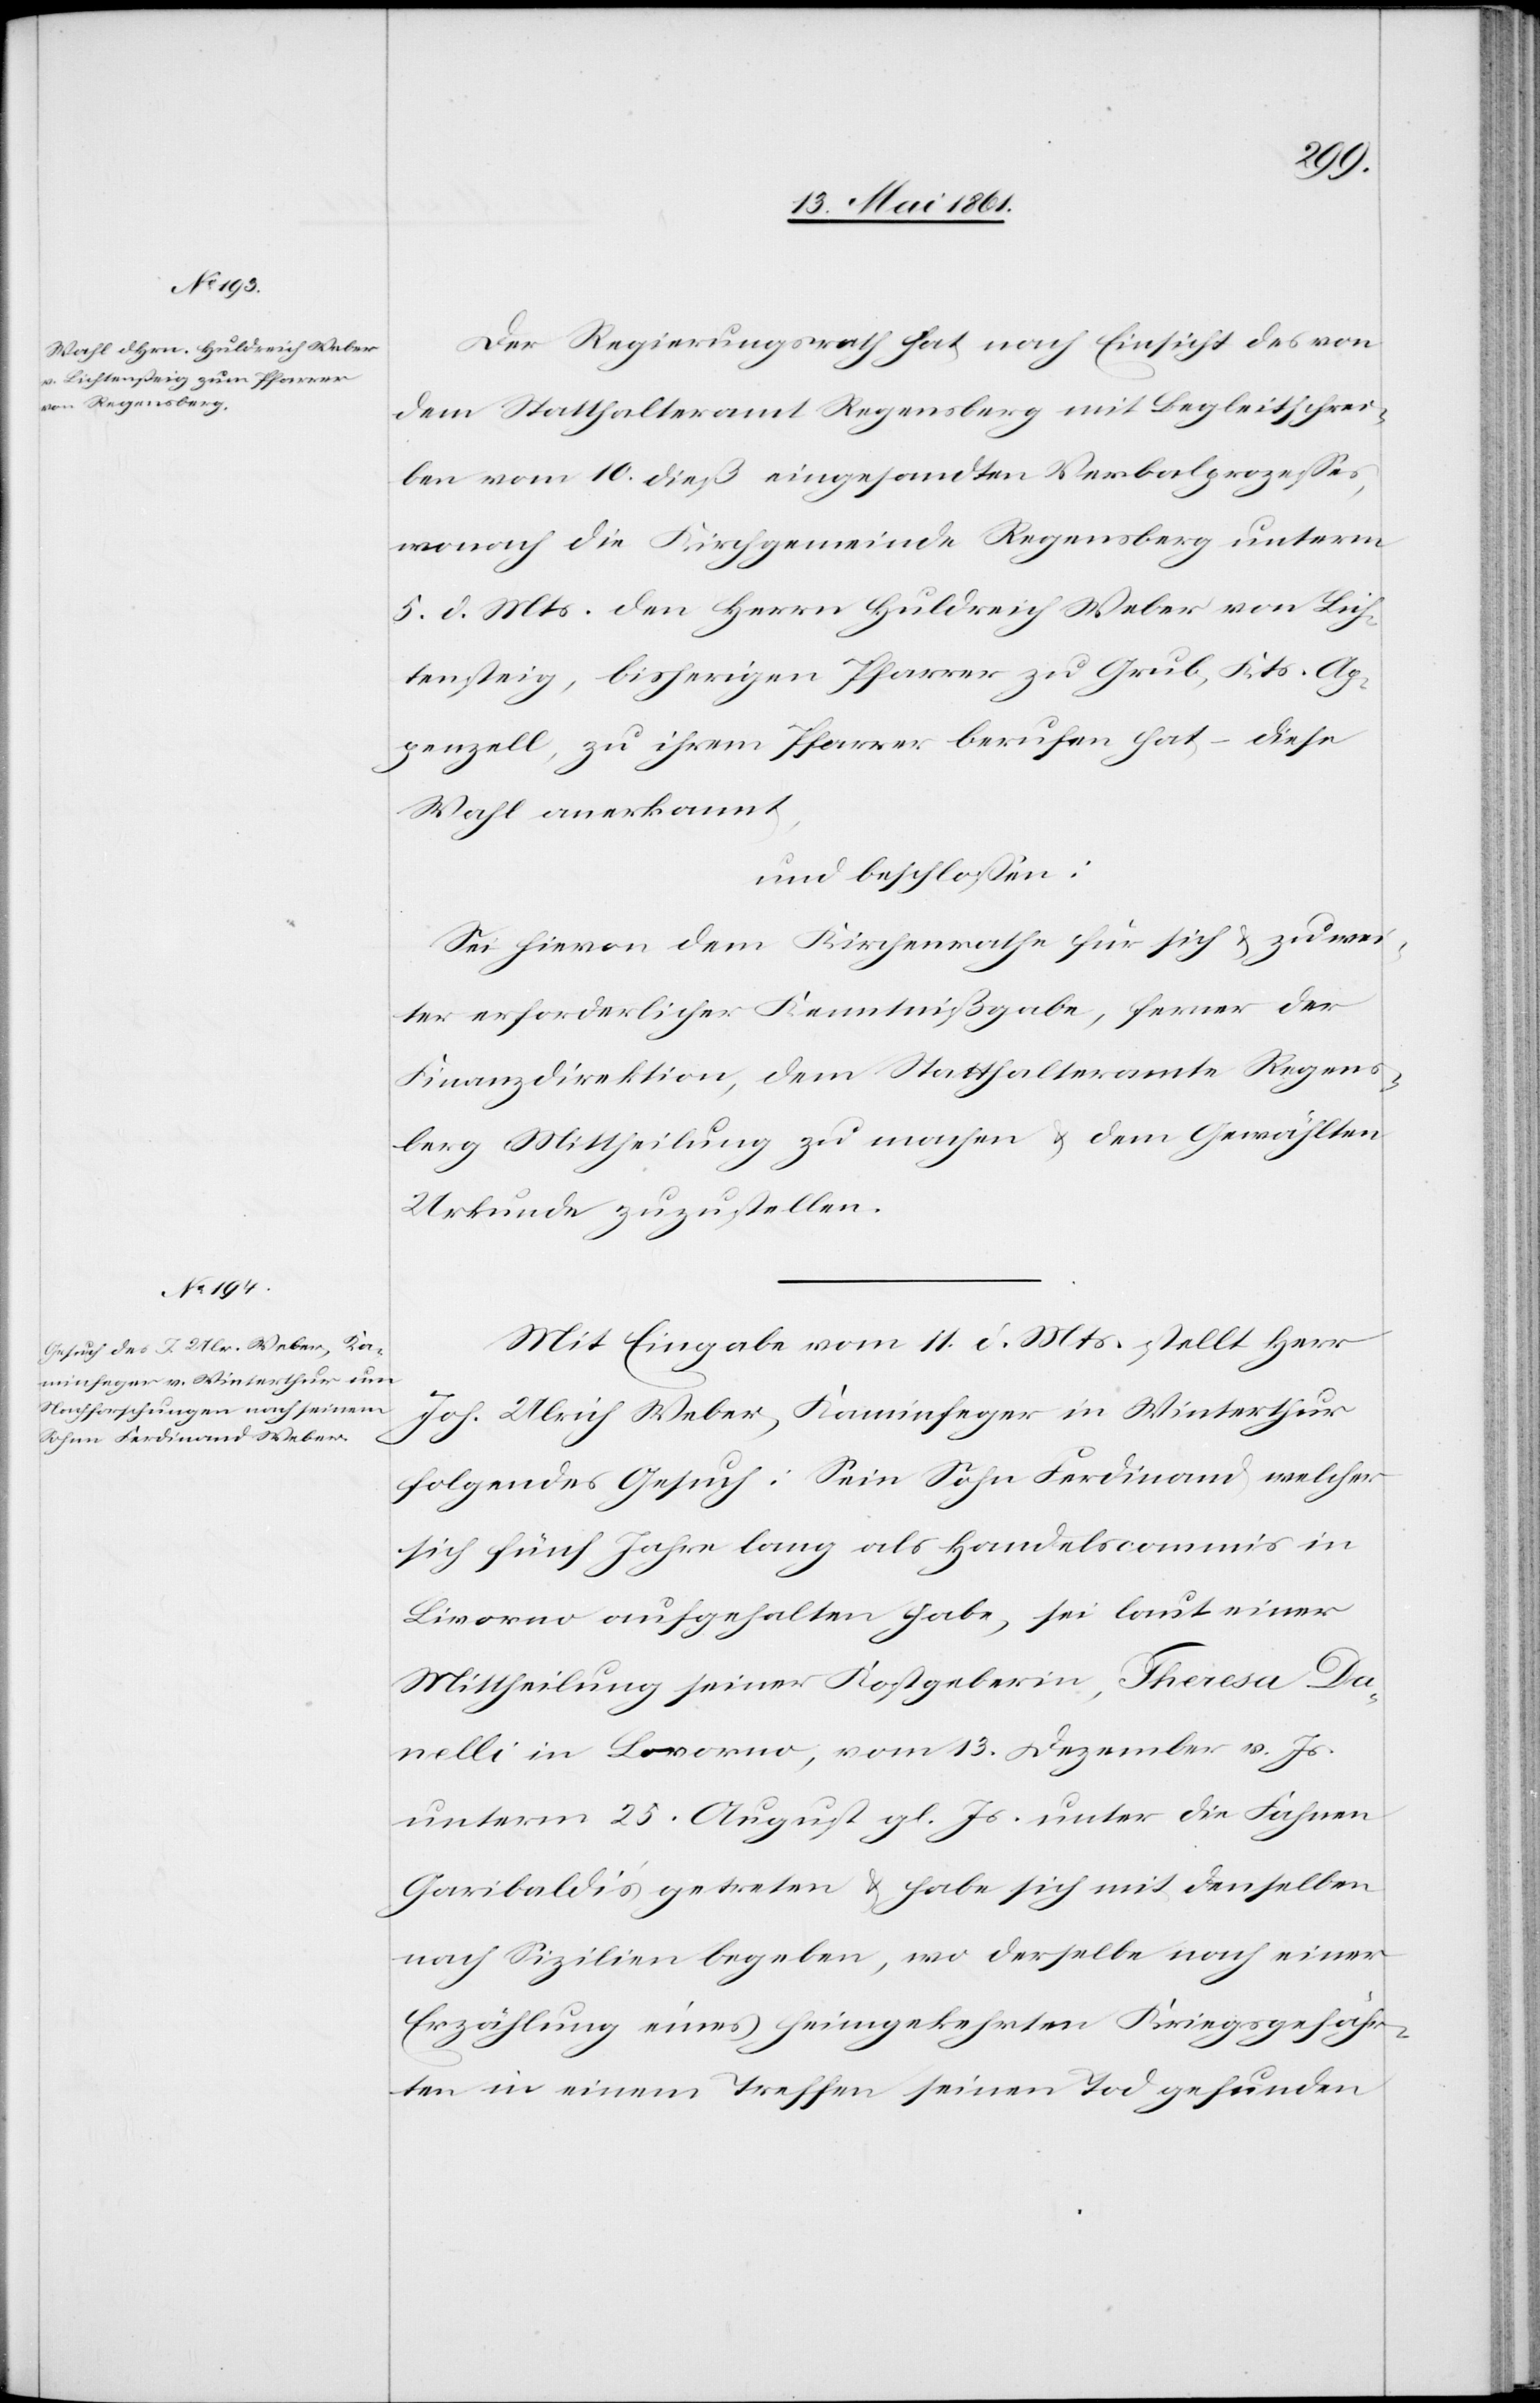
Der Regierungsrath hat nach Einsicht des von
dem Statthalteramt Regensberg mit Begleitschrei¬
ben vom 10. dieß eingesandten Verbalprozesses,
wonach die Kirchgemeinde Regensberg unterm
5. d. Mts. den Herrn Huldreich Weber von Lich¬
tensteig, bisherigen Pfarrer zu Grub, Kts. Ap¬
penzell, zu ihrem Pfarrer berufen hat – diese
Wahl anerkannt,
und beschlossen:
Sei hievon dem Kirchenrathe für sich u. zu wei¬
ter erforderlicher Kenntnißgabe, ferner der
Finanzdirektion, dem Statthalteramte Regens¬
berg Mittheilung zu machen u. dem Gewählten
Urkunde zuzustellen.
Mit Eingabe vom 11. d. Mts. stellt Herr
Joh. Ulrich Weber, Kaminfeger in Winterthur
folgendes Gesuch: Sein Sohn Ferdinand welcher
sich fünf Jahre lang als Handelscommis in
Livorno aufgehalten habe, sei laut einer
Mittheilung seiner Kostgeberin, Theresa Da¬
nelli in Livorno, vom 13. Dezember v. Js.
unterm 25. August gl. Js. unter die Fahnen
Garibaldi’s getreten u. habe sich mit denselben
nach Sizilien begeben, wo derselbe nach einer
Erzählung eines heimgekehrten Kriegsgefähr¬
ten in einem Treffen seinen Tod gefunden